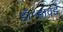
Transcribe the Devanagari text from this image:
डॉ॰हावर्ड